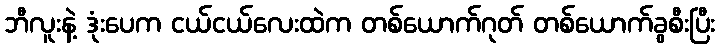
ဘီလူးနဲ့ ဒုံးပေက ငယ်ငယ်လေးထဲက တစ်ယောက်ဂုတ် တစ်ယောက်ခွစီးပြီး